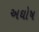
અઘોષ